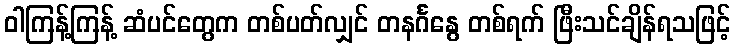
ဝါကြန့်ကြန့် ဆံပင်တွေက တစ်ပတ်လျှင် တနင်္ဂနွေ တစ်ရက် ဖြီးသင်ချိန်ရသဖြင့်